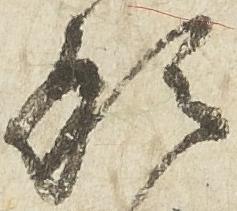
形